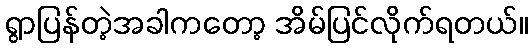
ရွာပြန်တဲ့အခါကတော့ အိမ်ပြင်လိုက်ရတယ်။